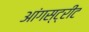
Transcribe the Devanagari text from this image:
आंगस्ट्रीट